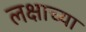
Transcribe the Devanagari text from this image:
लक्षाच्या